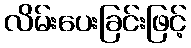
လိမ်းပေးခြင်းဖြင့်